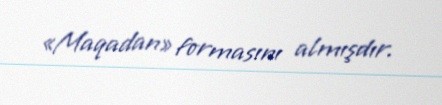
«Maqadan» formasını almışdır.